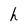
Character: h